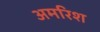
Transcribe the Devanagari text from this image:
अमरिश